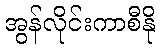
အွန်လိုင်းကာစီနို